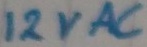
Text: 12VAC